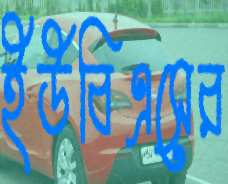
ইউবিএসের